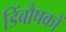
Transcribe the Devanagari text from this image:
डिंबौषकों